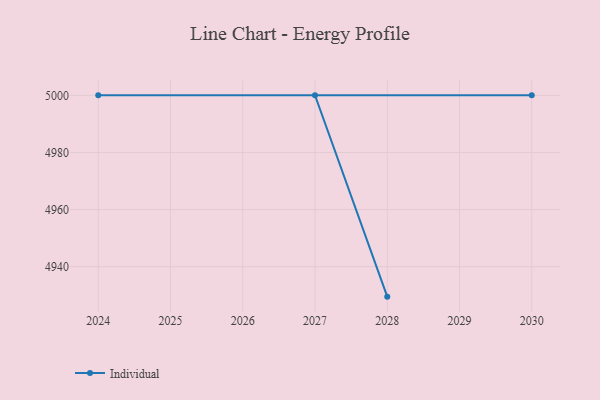
{"axis": {"x": "Year", "y": "Page Views"}, "legend": ["Individual"], "data": [{"x": "2028", "y": 4929.5, "type": "Individual"}, {"x": "2027", "y": 5000, "type": "Individual"}, {"x": "2030", "y": 5000, "type": "Individual"}, {"x": "2024", "y": 5000, "type": "Individual"}]}